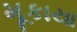
મૂકાયા